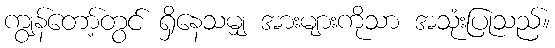
ကျွန်တော့်တွင် ရှိနေသမျှ အားများကိုသာ အသုံးပြုသည်။